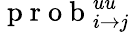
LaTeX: \mathrm{~p~r~o~b~}_{i\rightarrow j}^{uu}